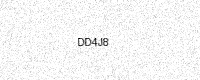
Text: DD4J8